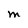
Character: M